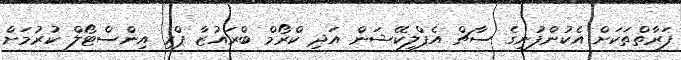
ފަރާތްތަކަށް އެކުންފުނީގެ ސާޗް އެޕްލިކޭޝަން އަދި ކްރޯމް ބްރައުޒާ ޕްރީ އިންސްޓޯލް ކުރުމަށް